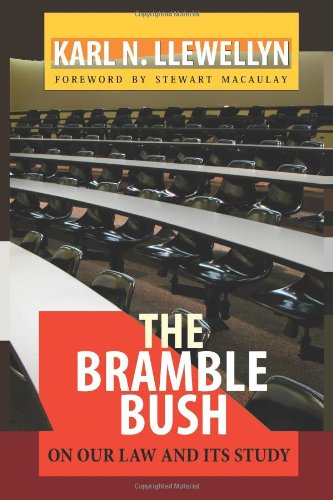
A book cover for The Bramble Bush: On Our Law and Its Study; Karl N. Llewellyn; Law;